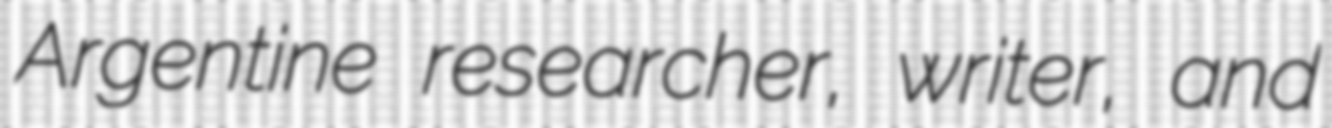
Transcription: Argentine researcher, writer, and